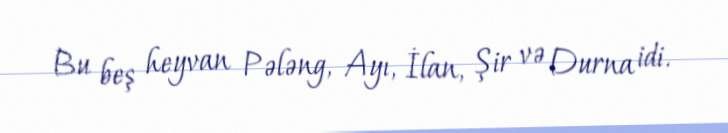
Bu beş heyvan Pələng, Ayı, İlan, Şir və Durna idi.